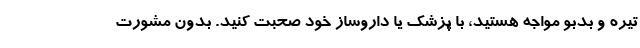
تیره و بدبو مواجه هستید، با پزشک یا داروساز خود صحبت کنید. بدون مشورت